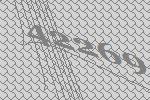
42269